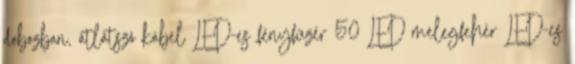
dobozban, átlátszó kábel LED-es fényfüzér 50 LED melegfehér LED-es